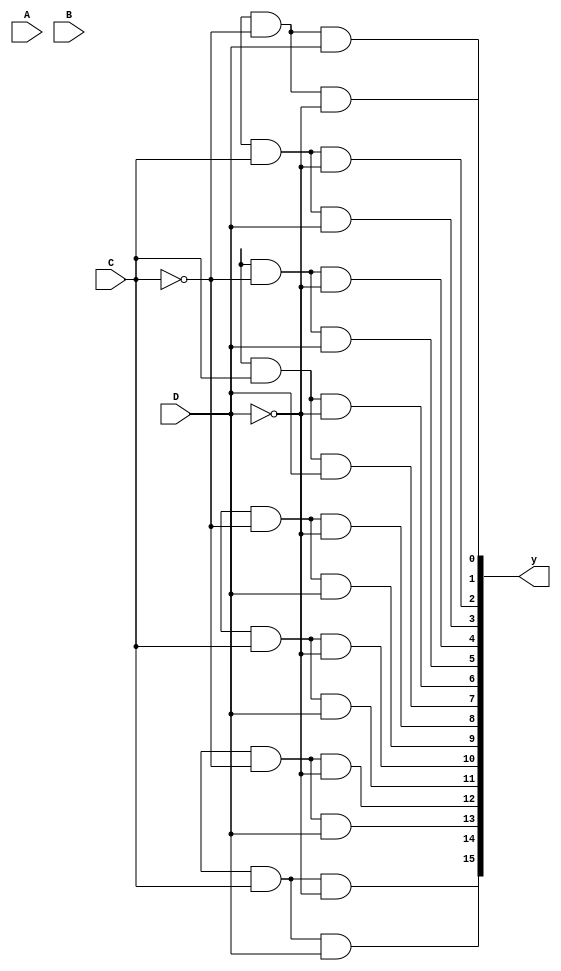
module dec4to16(A,C,B,D,y);
input A,C,B,D;
output [15:0] y;
wire A0,B0,C0,D0, f1,f2,f3,f4;
not(A0,A);
not(B0,B);
not(C0,C);
not(D0,D);
// and(f1,E,A0,B0);
// and(f2,E.A0,B);
// and(f3,E,A0,B0);
// and(f4,E,A,B);
and(y[0],f1,C0,D0);
and(y[1],f1,C0,D);
and(y[2],f1,C,D0);
and(y[3],f1,C,D);
and(y[4],f2,C0,D0);
and(y[5],f2,C0,D);
and(y[6],f2,C,D0);
and(y[7],f2,C,D);
and(y[8],f3,C0,D0);
and(y[9],f3,C0,D);
and(y[10],f3,C,D0);
and(y[11],f3,C,D);
and(y[12],f4,C0,D0);
and(y[13],f4,C0,D);
and(y[14],f4,C,D0);
and(y[15],f4,C,D);
endmodule